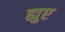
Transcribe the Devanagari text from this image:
ह्युए